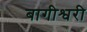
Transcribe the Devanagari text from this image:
बागीश्वरी